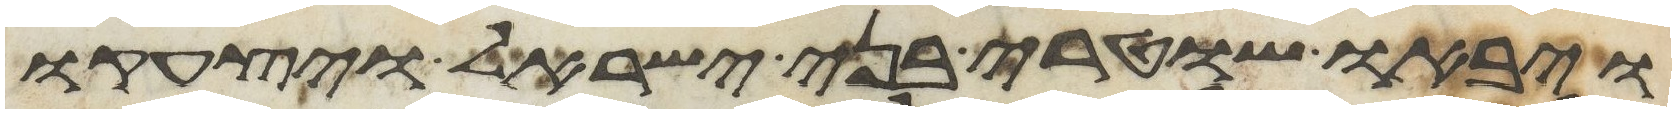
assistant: ויבאו שוטרי בני ישראל ויצעקו